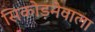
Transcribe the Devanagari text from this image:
सिकोड़नेवाला